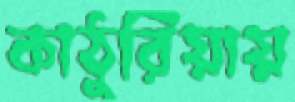
কাঠুরিয়ায়